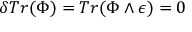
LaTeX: \delta T r ( \Phi ) = T r ( \Phi \wedge \epsilon ) = 0